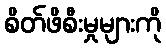
စိတ်ဖိစီးမှုများကို